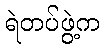
ရဲတပ်ဖွဲ့က